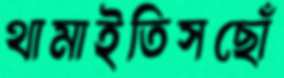
থামাইতিসছোঁ